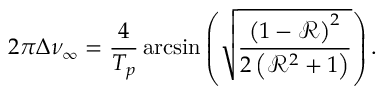
2 \pi \Delta \nu _ { \infty } = \frac { 4 } { T _ { p } } \arcsin \left( \sqrt { \frac { \left( 1 - \mathcal { R } \right) ^ { 2 } } { 2 \left( \mathcal { R } ^ { 2 } + 1 \right) } } \right) .